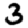
Digit: 3